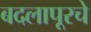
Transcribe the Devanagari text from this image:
बदलापूरचे